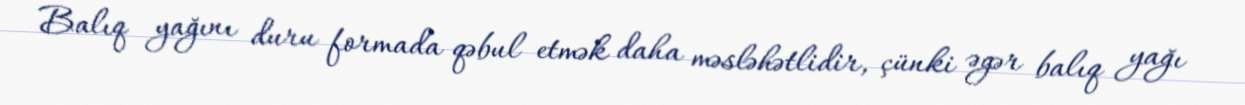
Balıq yağını duru formada qəbul etmək daha məsləhətlidir, çünki əgər balıq yağı